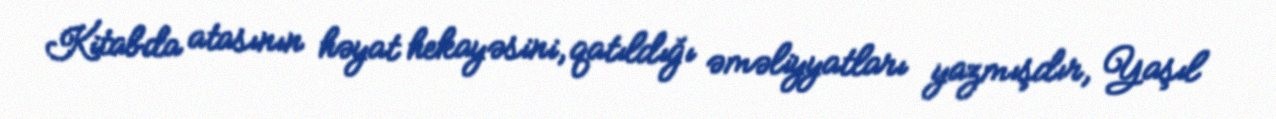
Kitabda atasının həyat hekayəsini, qatıldığı əməliyyatları yazmışdır, Yaşıl